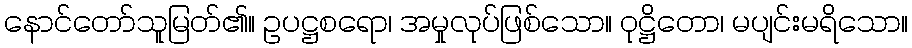
နောင်တော်သူမြတ်၏။ ဥပဋ္ဌစရော၊ အမှုလုပ်ဖြစ်သော။ ဝုဋ္ဌိတော၊ မပျင်းမရိသော။